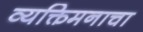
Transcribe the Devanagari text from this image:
व्यक्तिमनाचा